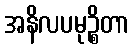
အနိလပမုဉ္စိတာ